Vaccination report Assam 1896-1927 - 1896-1927
Year: 1896
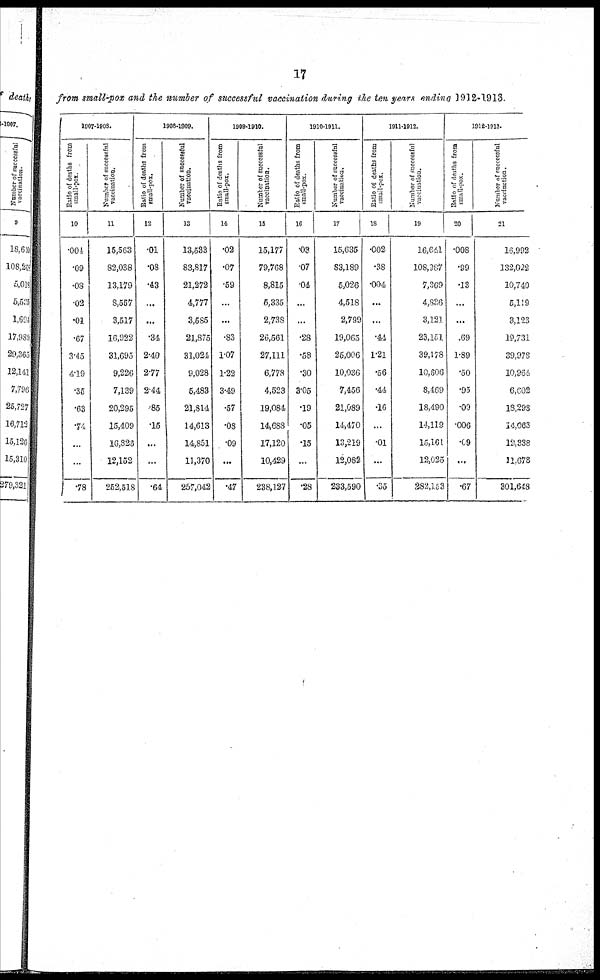
17
from small-pox and the number of successful vaccination during the ten years ending 1912-1913.
1907-1908.
Ratio of deaths from
small-pox.
10
.004
.09
.08
.02
.01
.67
3.45
4.19
.35
.63
.74
...
...
.78
Number of successful
vaccination.
11
15,563
82,038
13,179
8,557
3,517
16,922
31,695
9,226
7,139
20,295
15,409
16,828
12,152
252,518
1908-1909.
Ratio of deaths from
small-pox.
12
.01
.08
.43
...
...
.34
2.40
2.77
2.44
.85
.15
...
...
.64
Number of successful
vaccination.
13
13,533
83,817
21,272
4,777
3,585
21,875
31,024
9,028
5,483
21,814
14,613
14,851
11,370
257,042
1909-1910.
Ratio of deaths from
small-pox.
14
.02
.07
.59
...
...
.83
1.07
1.22
3.49
.57
.08
.09
...
.47
Number of successful
vaccination.
15
15,177
79,768
8,815
5,335
2,738
26,561
27,111
6,778
4,523
19,084
14,688
17,120
10,429
238,127
1910-1911.
Ratio of deaths from
small-pox.
16
.03
.07
.04
...
...
.28
.58
.30
3.05
.19
.05
.15
...
.28
Number of successful
vaccination.
17
15,635
83,189
5,026
4,518
2,799
19,065
25,006
10,036
7,456
21,089
14,470
13,219
12,082
233,590
1911-1912.
Ratio of deaths from
small-pox.
18
.002
.38
.004
...
...
.44
1.21
.56
.44
.16
...
.01
...
.35
Number of successful
vaccination.
19
16,641
108,987
7,369
4,836
3,121
23,151
39,178
10,606
8,469
18,490
14,119
15,161
12,025
282,153
1912-1913.
Ratio of deaths from
small-pox.
20
.008
.99
.13
...
...
.69
1.89
.50
.95
.09
.006
.09
...
.67
Number of successful
vaccinction.
21
16,992
132,022
10,740
5,119
3,123
19,731
39,978
10,964
6,602
18,298
14,063
12,338
11,678
301,648